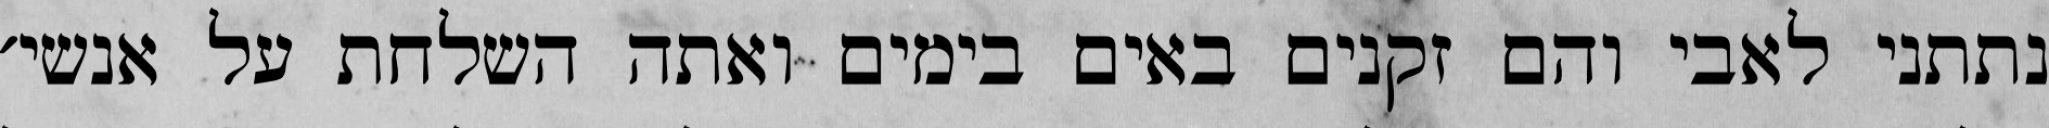
נתתני לאבי והם זקנים באים בימים ואתה השלחת על אנשי׳